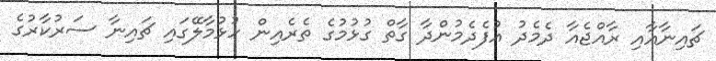
ޗައިނާއާއި ރާއްޖެއާ ދެމެދު އުފެދެމުންދާ ގާތް ގުޅުމުގެ ތެރެއިން ހުޅުމާލޭގައި ޗައިނާ ސަރުކާރުގެ